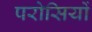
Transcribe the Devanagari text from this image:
परोसियों